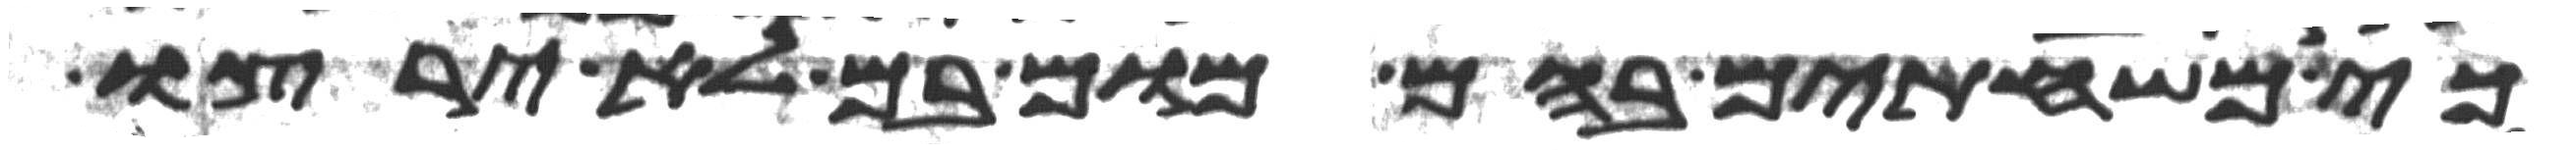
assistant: כי משחיתים בהם מום בם לא ירצו